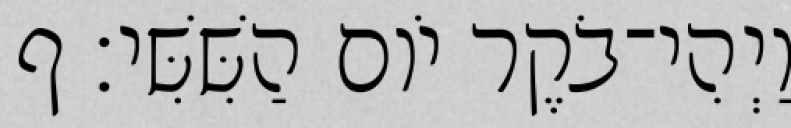
וַיְהִי־בֹקֶר יֹום הַשִּׁשִּׁי׃ ף